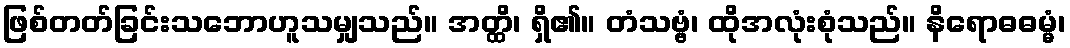
ဖြစ်တတ်ခြင်းသဘောဟူသမျှသည်။ အတ္ထိ၊ ရှိ၏။ တံသဗ္ဗံ၊ ထိုအလုံးစုံသည်။ နိရောဓဓမ္မံ၊